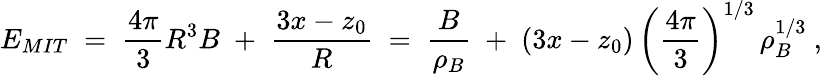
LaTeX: E_{MIT}\; =\; \frac{4\pi}{3}R^{3}B\; +\; \frac{3x-z_{0}}{R}\; =\; \frac{B}{\rho_{B}}\; +\; (3x-z_{0})\, \left(\frac{4\pi}{3}\right)^{1/3}\, \rho_{B}^{1/3}\ ,